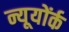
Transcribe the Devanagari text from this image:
न्यूयोंर्क